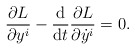
\begin{gather*} \frac{ \partial L }{ \partial y ^i } - \frac{\mathrm{d}}{\mathrm{d}t} \frac{ \partial L }{ \partial \dot{y} ^i } = 0 .\end{gather*}